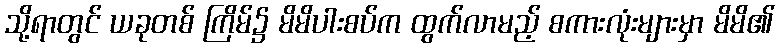
သို့ရာတွင် ယခုတစ် ကြိမ်၌ မိမိပါးစပ်က ထွက်လာမည့် စကားလုံးများမှာ မိမိ၏